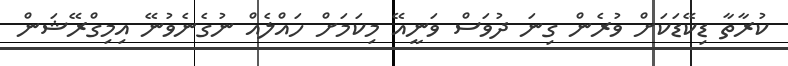
ކުރާތާ ޑިކޭޑަކަށް ވުރެން ގިނަ ދުވަސް ވަނީއޭ މިކަމަށް ހައްލެއް ނުގެނެވުނޭ އިމިގްރޭޝަން